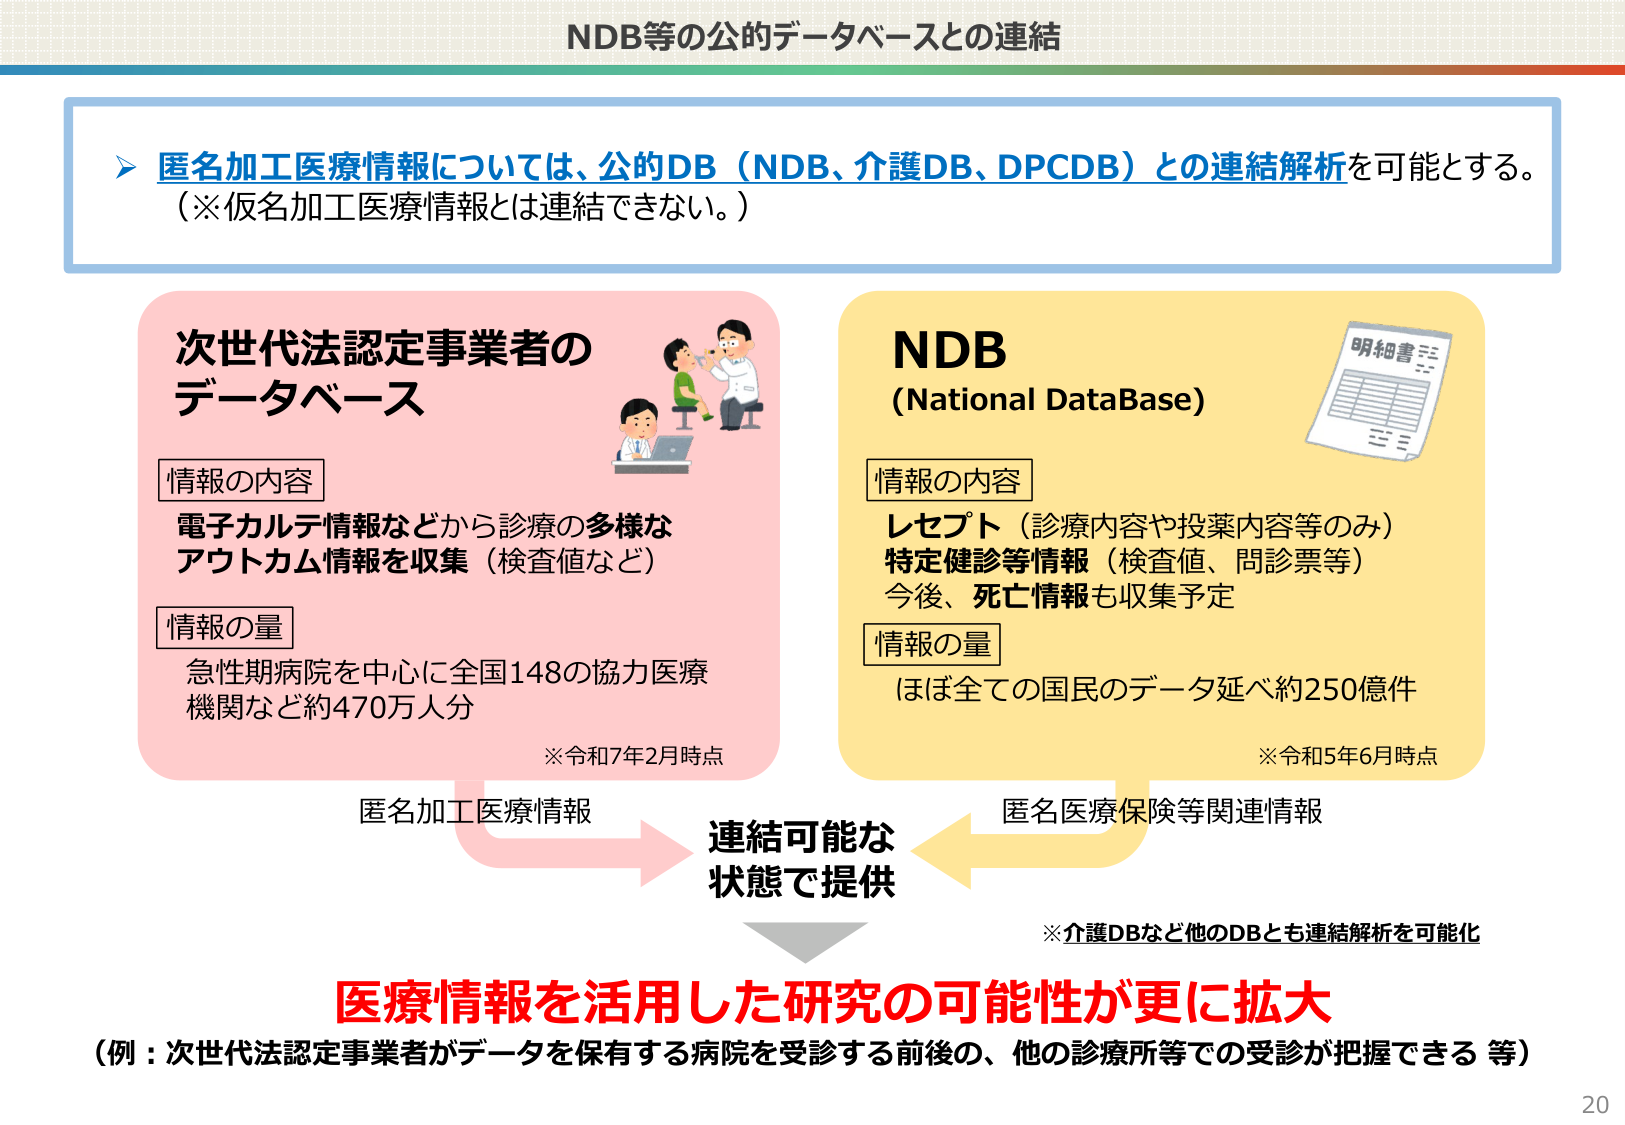
NDB等の公的データベースとの連結

▶ 匿名加工医療情報については、公的DB（NDB、介護DB、DPCDB）との連結解析を可能とする。
（※仮名加工医療情報とは連結できない。）

次世代法認定事業者の
データベース

情報の内容
電子カルテ情報などから診療の多様な
アウトカム情報を収集（検査値など）

情報の量
急性期病院を中心に全国148の協力医療
機関など約470万人分
※令和7年2月時点

NDB
(National DataBase)

情報の内容
レセプト（診療内容や投薬内容等のみ）
特定健診等情報（検査値、問診票等）
今後、死亡情報も収集予定

情報の量
ほぼ全ての国民のデータ延べ約250億件
※令和5年6月時点

匿名加工医療情報
→ 連結可能な
状態で提供
← 匿名医療保険等関連情報

※介護DBなど他のDBとも連結解析を可能化

医療情報を活用した研究の可能性が更に拡大
（例：次世代法認定事業者がデータを保有する病院を受診する前後の、他の診療所等での受診が把握できる 等）

20